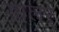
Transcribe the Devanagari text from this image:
डालर्